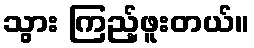
သွား ကြည့်ဖူးတယ်။